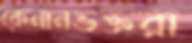
কেনানভক্তরা